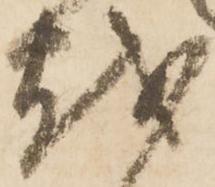
越